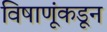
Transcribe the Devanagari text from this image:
विषाणूंकडून